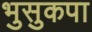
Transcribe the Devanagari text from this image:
भुसुकपा